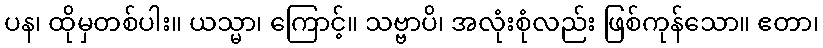
ပန၊ ထိုမှတစ်ပါး။ ယသ္မာ၊ ကြောင့်။ သဗ္ဗာပိ၊ အလုံးစုံလည်း ဖြစ်ကုန်သော။ ဧတာ၊